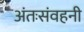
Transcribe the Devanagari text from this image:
अंतःसंवहनी